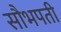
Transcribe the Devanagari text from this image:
सौभपती